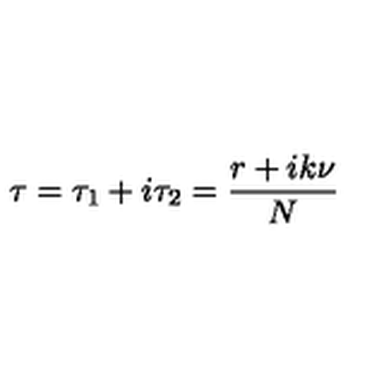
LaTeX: \tau = \tau _ { 1 } + i \tau _ { 2 } = \frac { r + i k \nu } { N }